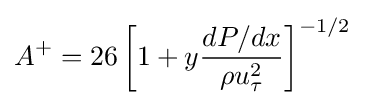
A^{+}=26\left[1+y{\frac {dP/dx}{\rho u_{\tau }^{2}}}\right]^{-1/2}